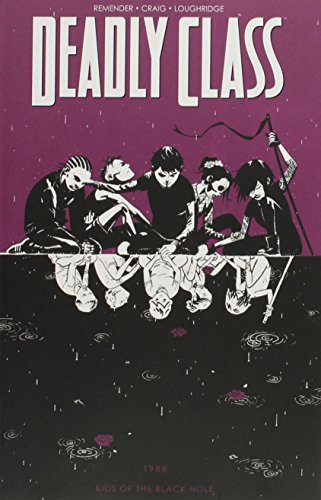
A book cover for Deadly Class Volume 2: Kids of the Black Hole (Deadly Class Tp); Rick Remender; Comics & Graphic Novels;